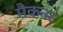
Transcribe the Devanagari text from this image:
मैकनर